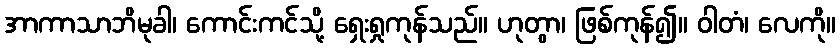
အာကာသာဘိမုခါ၊ ကောင်းကင်သို့ ရှေးရှုကုန်သည်။ ဟုတွာ၊ ဖြစ်ကုန်၍။ ဝါတံ၊ လေကို။